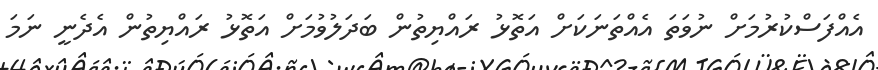
އެއްފަސްކުރުމަށް ނުވަތަ އެއްތަނަކަށް އަތޮޅު ރައްޔިތުން ބަދަލުވުމަށް އަތޮޅު ރައްޔިތުން އެދެނީ ނަމަ